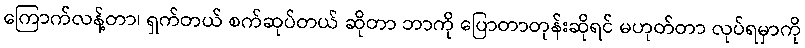
ကြောက်လန့်တာ၊ ရှက်တယ် စက်ဆုပ်တယ် ဆိုတာ ဘာကို ပြောတာတုန်းဆိုရင် မဟုတ်တာ လုပ်ရမှာကို